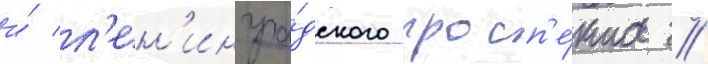
и́ л'ен'ингра́дского просп'е́кта //